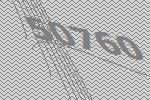
50760